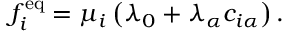
f _ { i } ^ { \mathrm { e q } } = \mu _ { i } \left( \lambda _ { 0 } + \lambda _ { \alpha } c _ { i \alpha } \right) .